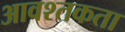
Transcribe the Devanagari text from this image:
आवश्तकता